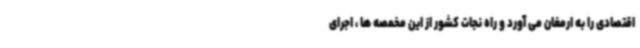
اقتصادی را به ارمغان می آورد و راه نجات کشور از این مخمصه ها ، اجرای